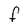
Character: F